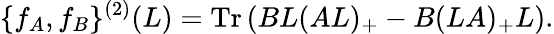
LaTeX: \{ f_{A},f_{B}\} ^{(2)}(L)=\mathrm{Tr}\left(BL(AL)_{+}-B(LA)_{+}L\right).